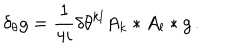
LaTeX: \delta _ { \theta } g = \frac 1 { 4 i } \delta \theta ^ { k l } A _ { k } * A _ { l } * g \, .